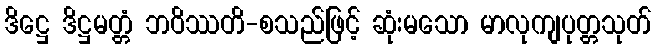
ဒိဋ္ဌေ ဒိဋ္ဌမတ္တံ ဘဝိဿတိ-စသည်ဖြင့် ဆုံးမသော မာလုကျပုတ္တသုတ်